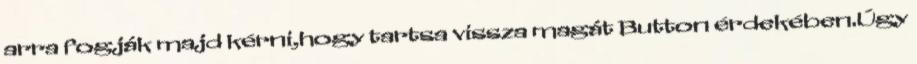
arra fogják majd kérni,hogy tartsa vissza magát Button érdekében.Úgy